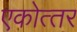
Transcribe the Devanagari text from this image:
एकोत्‍तर